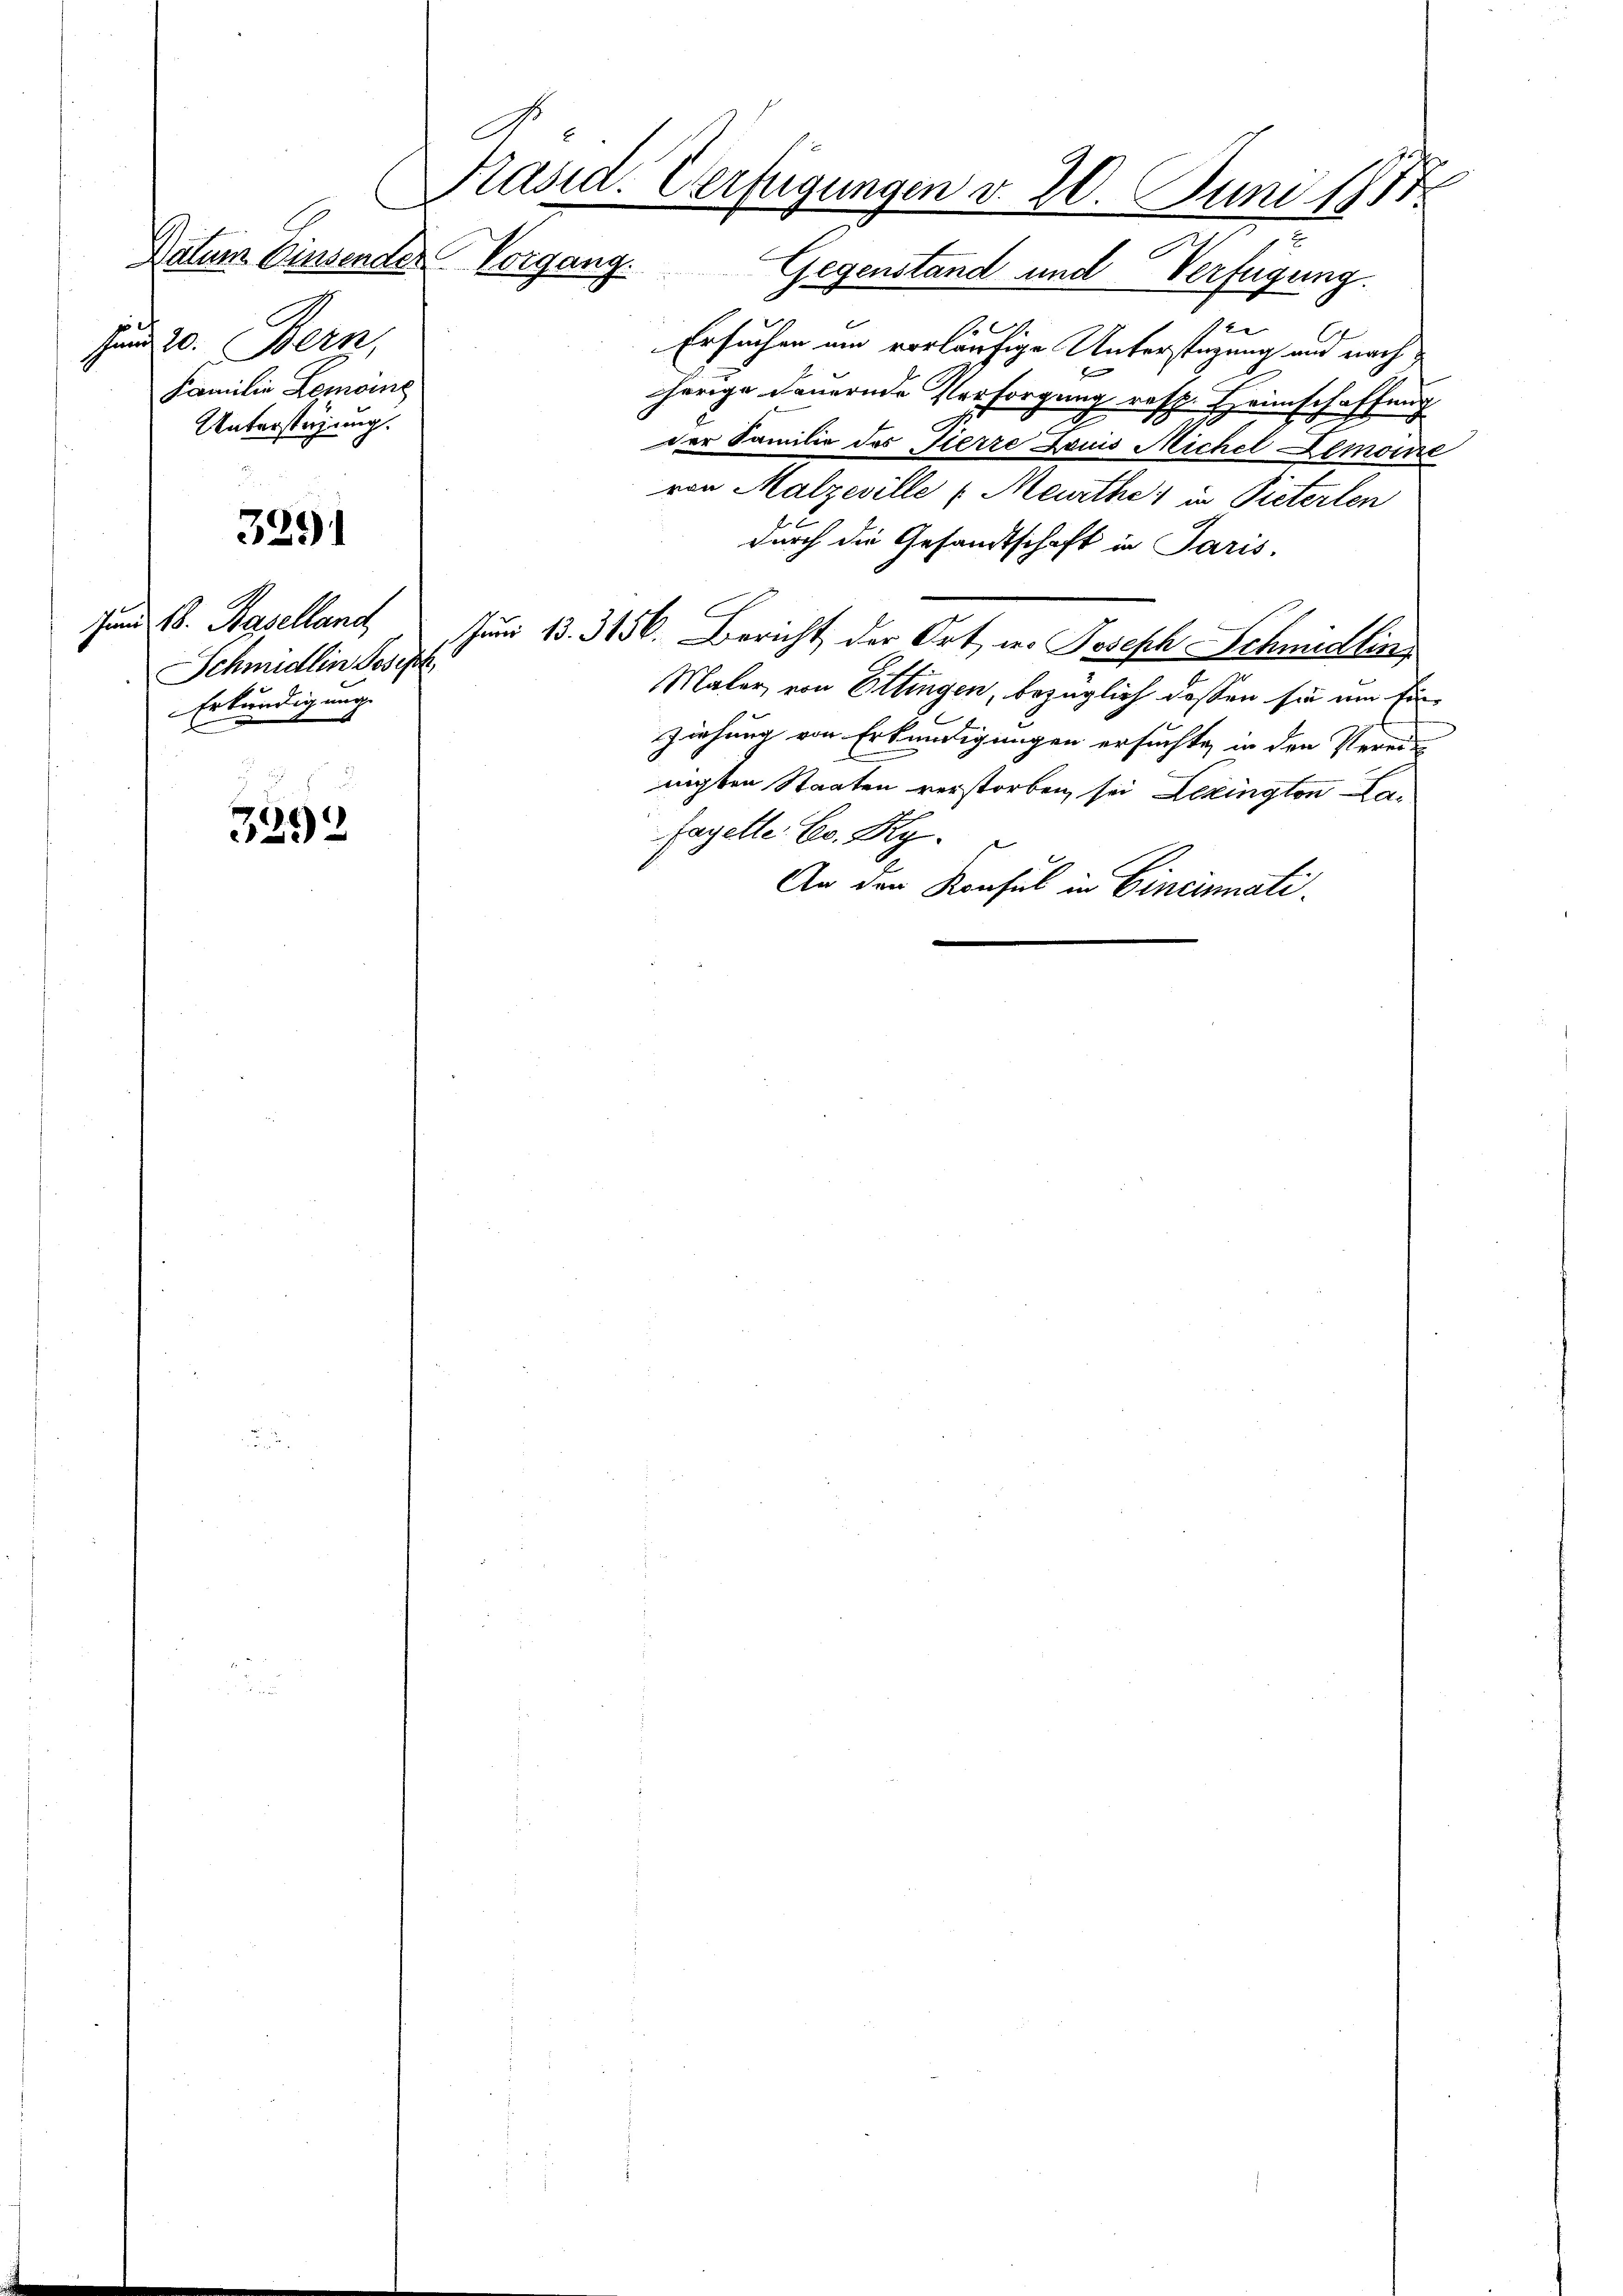
A
Hund 20. Bern,
Familie Lemoine
Unterstüzung.

3291

Schmidlin Joseph,
Erkundigung.

3292

C

Datum Einsender Vorgang. Gegenstand und Verfügung.
1.
2
Ersuchen um vorläufige Unterstüzung und nach
herige dauernde Persorgung resp. Heimschaffung
der Familie des Tierze Janis Michel Demoine
von Malzeville (Meurthe; in Pieterlen
durch die Gesandtschaft in Paris.
Zum 18. Haselland Juni 13. 3156. Bericht der Ort, wo Joseph Schmidling
Maler, von Ettingen, bezüglich dassen sie um Einziehung von Erkundigungen ersuchte, in den Vereit
nichten Staaten verstorben sei Lezingten Con
fagelte Hr. Ry
An den Konsul in Cincinati

Präsid. Verfügungen v. 20. Juni 1817